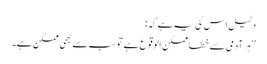
دلیل اس کی یہ ہے کہ:
’’ہر آدمی سے خطا ممکن الوقوع ہے تو سب سے بھی ممکن ہے۔